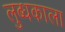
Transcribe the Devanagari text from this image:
लुब्धकाला